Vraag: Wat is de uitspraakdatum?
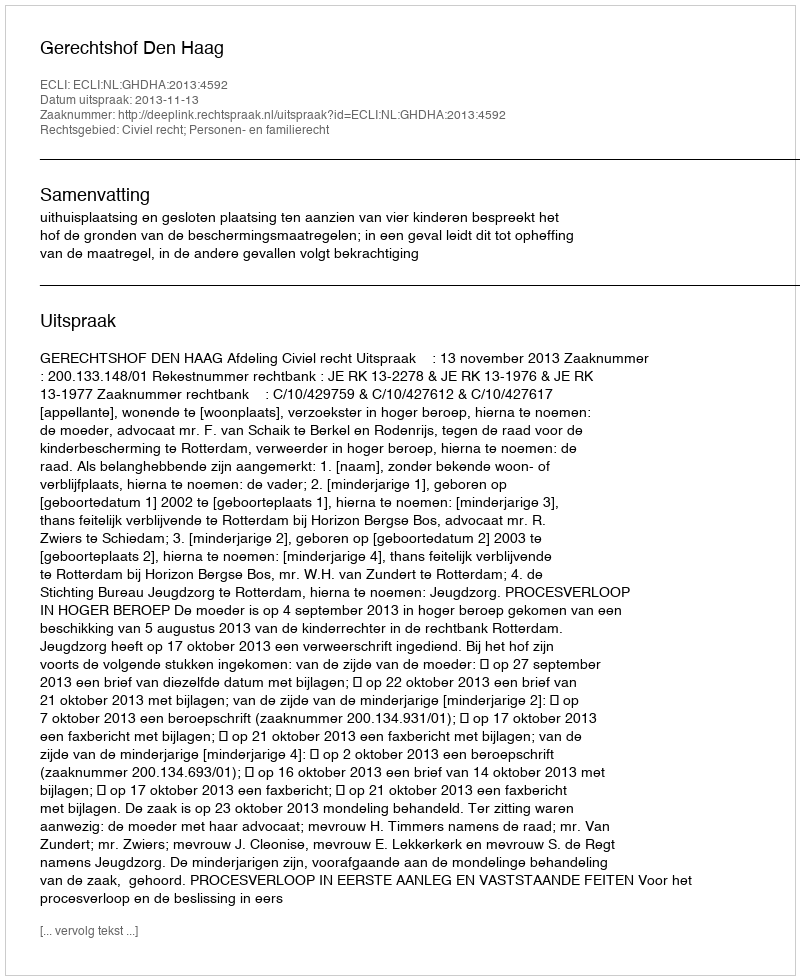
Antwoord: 2013-11-13